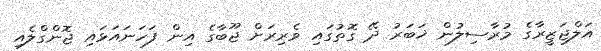
އަލްޖަޒީރާގެ މުރާސިލުން ޚަބަރު ދޭ ގޮތުގައި ވެރިރަށް ޖޫބާގެ އިން ފަހަނައަޅައި ޖޮންގްލެއި